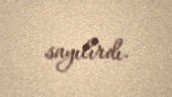
sayılırdı.